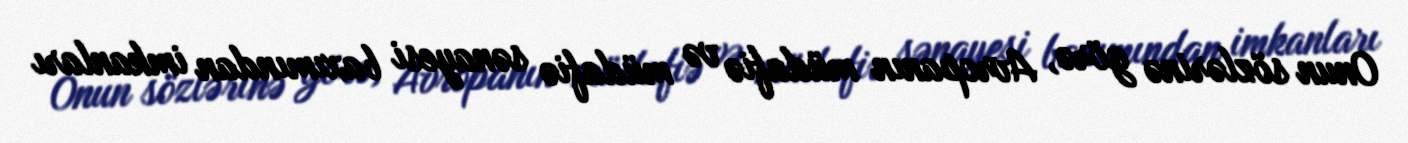
Onun sözlərinə görə, Avropanın müdafiə və müdafiə sənayesi baxımından imkanları